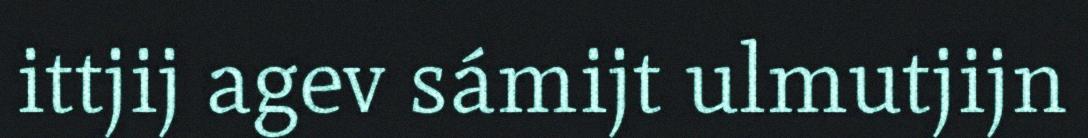
ittjij agev sámijt ulmutjijn